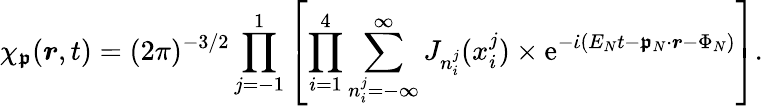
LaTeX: \chi_{\boldsymbol{\mathfrak{p}}}(\boldsymbol{r},t)=(2\pi)^{-3/2}\prod_{\substack{j=-1}}^{1}\left[\prod_{\substack{i=1}}^{4}\sum_{n_{i}^{j}=-\infty}^{\infty}J_{n_{i}^{j}}(x_{i}^{j})\times\mathrm{e}^{-\dot{{\iota}}(E_{N}t-\boldsymbol{\mathfrak{p}}_{N}\cdot\boldsymbol{r}-{\Phi_{N}})}\right].